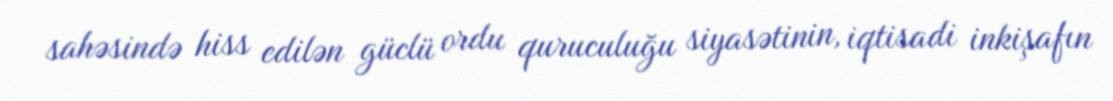
sahəsində hiss edilən güclü ordu quruculuğu siyasətinin, iqtisadi inkişafın